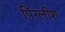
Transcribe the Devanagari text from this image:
पिंग्लीश